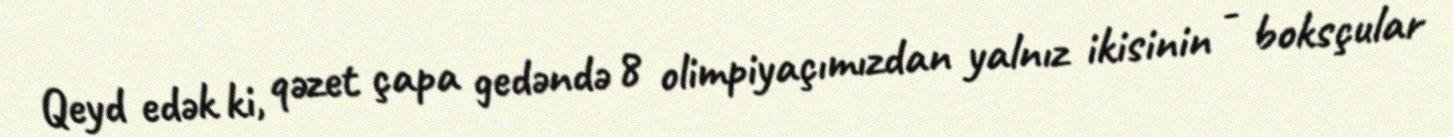
Qeyd edək ki, qəzet çapa gedəndə 8 olimpiyaçımızdan yalnız ikisinin - boksçular